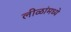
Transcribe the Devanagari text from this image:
लीळांमध्ये